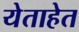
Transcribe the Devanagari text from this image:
येताहेत